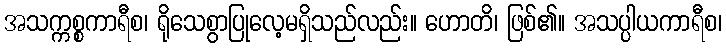
အသက္ကစ္စကာရီစ၊ ရိုသေစွာပြုလေ့မရှိသည်လည်း။ ဟောတိ၊ ဖြစ်၏။ အသပ္ပါယကာရီစ၊